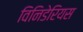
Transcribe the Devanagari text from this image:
विनिडेरियस